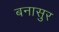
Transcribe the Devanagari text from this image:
बनासुर